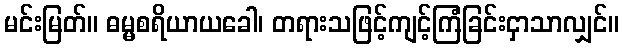
မင်းမြတ်။ ဓမ္မစရိယာယခေါ၊ တရားသဖြင့်ကျင့်ကြံခြင်းငှာသာလျှင်။